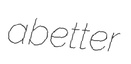
abetter